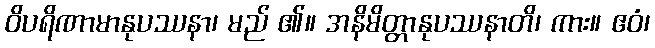
ဝိပရိဏာမာနုပဿနာ၊ မည် ၏။ အနိမိတ္တာနုပဿနာတိ၊ ကား။ ဧဝံ၊